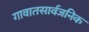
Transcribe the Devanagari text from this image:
गावातसार्वजनिक